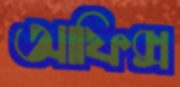
আফিক্স